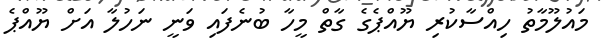
މައުލޫމާތު ހިއްސާކުރި ޔޫއްޕެގެ ގާތް މީހާ ބުނެފައި ވަނީ ނަހުލާ އަށް ޔޫއްޕެ